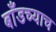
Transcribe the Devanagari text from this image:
बाँडच्याच